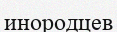
инородцев